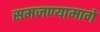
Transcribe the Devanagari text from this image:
समजण्यामागे